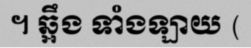
។ ឆ្អឹង ទាំងឡាយ (